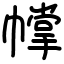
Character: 幥